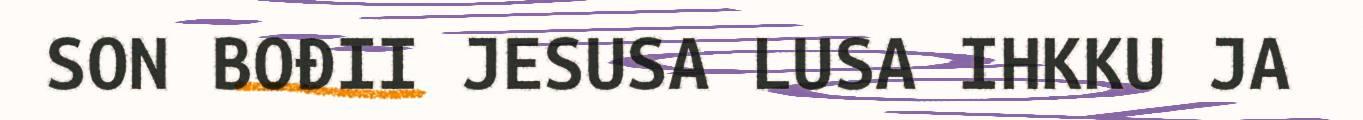
SON BOĐII JESUSA LUSA IHKKU JA